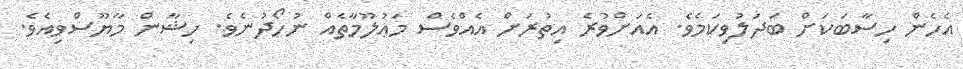
އެހެން ހިސާބަކަށް ބަދަލުވިކަމެވެ. އެއަށްވުރެ އިތުރަށް އެއްވެސް މަޢުލޫމާތެއް ނުހޯދުނެވެ. ހިޝާން މާޔޫސްވިއެވެ.